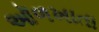
ઑળખાતા